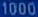
1006